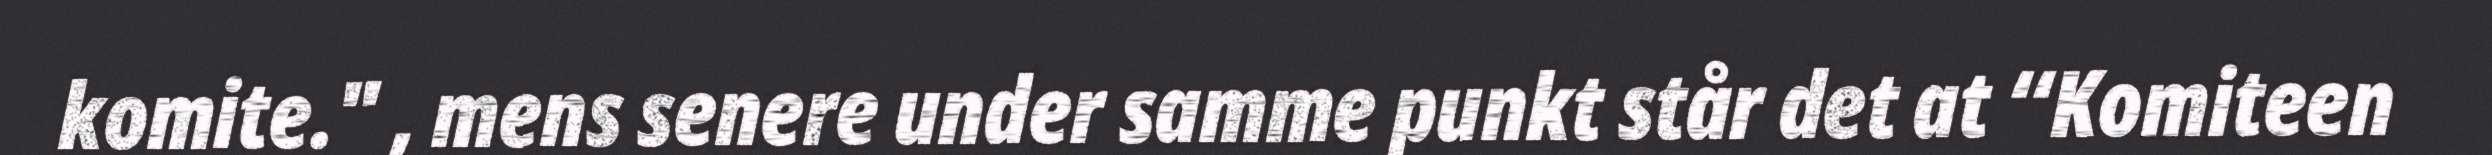
komite." , mens senere under samme punkt står det at “Komiteen